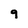
Character: 9